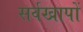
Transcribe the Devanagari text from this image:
सर्वखापों